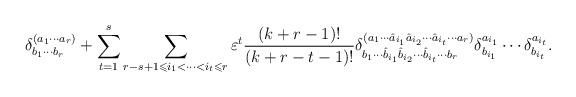
LaTeX: \begin{align*}\delta^{(a_1\cdots a_r)}_{b_1\cdots b_r}+ \sum_{t=1}^s \sum_{r-s+1 \leqslant i_1 < \cdots < i_t \leqslant r}\varepsilon^t \frac{(k+r-1)!}{(k+r-t-1)!}\delta^{(a_1 \cdots \hat{a}_{i_1} \hat{a}_{i_2} \cdots \hat{a}_{i_t} \cdots a_r)}_{b_1 \cdots \hat{b}_{i_1} \hat{b}_{i_2} \cdots \hat{b}_{i_t} \cdots b_r}\delta^{a_{i_1}}_{b_{i_1}} \cdots \delta^{a_{i_t}}_{b_{i_t}}.\end{align*}